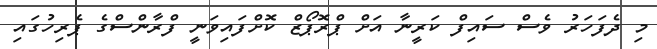
މި ދެފަހަރު ވެސް ސައިފް ކަރީނާ އަށް ޕްރޮޕޯޒް ކޮށްފައިވަނީ ފްރާންސްގެ ޕެރިހުގައި